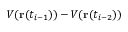
V ( \mathbf { r } ( t _ { i - 1 } ) ) - V ( \mathbf { r } ( t _ { i - 2 } ) )